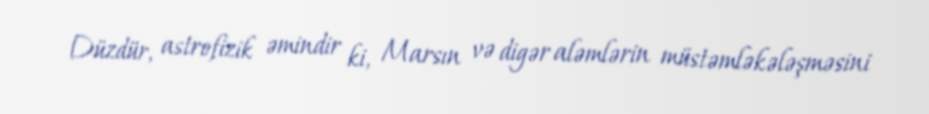
Düzdür, astrofizik əmindir ki, Marsın və digər aləmlərin müstəmləkələşməsini